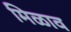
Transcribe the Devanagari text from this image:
मिळाव